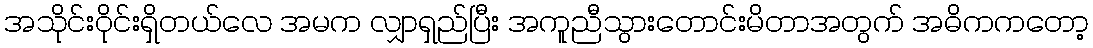
အသိုင်းဝိုင်းရှိတယ်လေ အမက လျှာရှည်ပြီး အကူညီသွားတောင်းမိတာအတွက် အဓိကကတော့